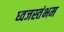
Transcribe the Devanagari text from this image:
ध्‍वजस्‍तंभम